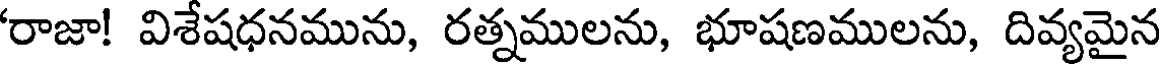
'రాజా! విశేషధనమును, రత్నములను, భూషణములను, దివ్యమైన